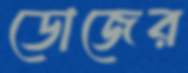
ডোজের